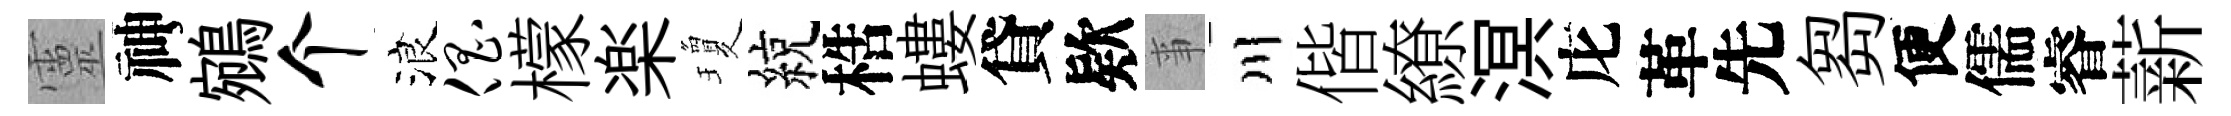
靈神鵷个浪倡檬楽瓊綂梏螻貸欵亊川偕繚溟庀革先芻便儒睿薪